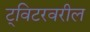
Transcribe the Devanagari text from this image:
ट्विटरवरील